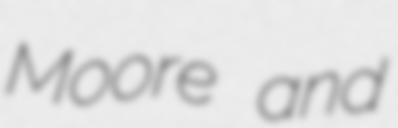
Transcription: Moore and